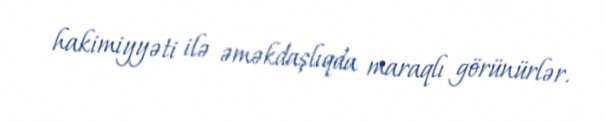
hakimiyyəti ilə əməkdaşlıqda maraqlı görünürlər.